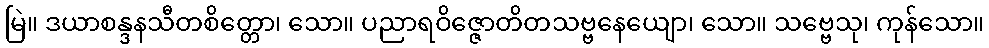
မြဲ။ ဒယာစန္ဒနသီတစိတ္တော၊ သော။ ပညာရဝိဇ္ဇောတိတသဗ္ဗနေယျော၊ သော။ သဗ္ဗေသု၊ ကုန်သော။